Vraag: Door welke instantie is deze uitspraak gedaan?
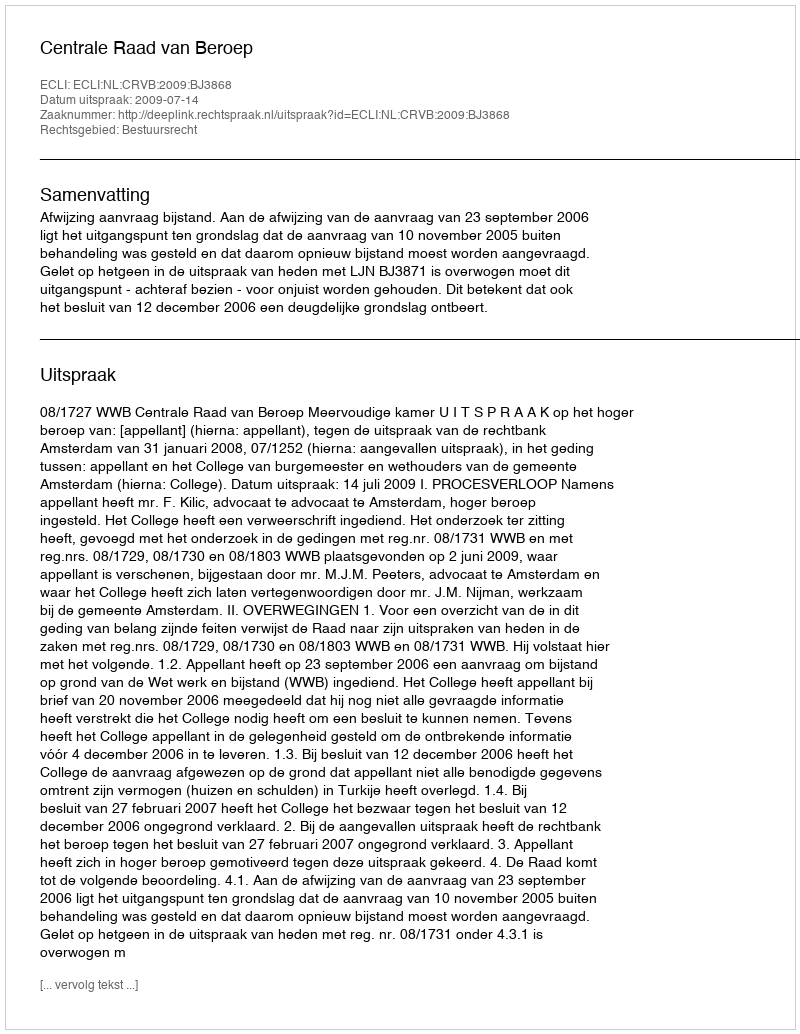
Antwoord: Centrale Raad van Beroep